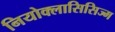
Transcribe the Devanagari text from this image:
नियोक्लासिसिज्म